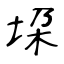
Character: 垜